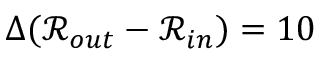
\Delta ( \mathcal { R } _ { o u t } - \mathcal { R } _ { i n } ) = 1 0